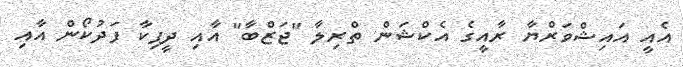
އެއީ އައިޝްވަރްޔާ ރާއީގެ އެކްޝަން ތްރިލާ "ޖަޒްބާ" އާއި ދީޕިކާ ފަދުކޯން އާއި